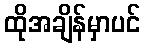
ထိုအချိန်မှာပင်